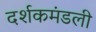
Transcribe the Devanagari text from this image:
दर्शकमंडली